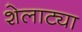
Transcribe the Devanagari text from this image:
शेलाट्या